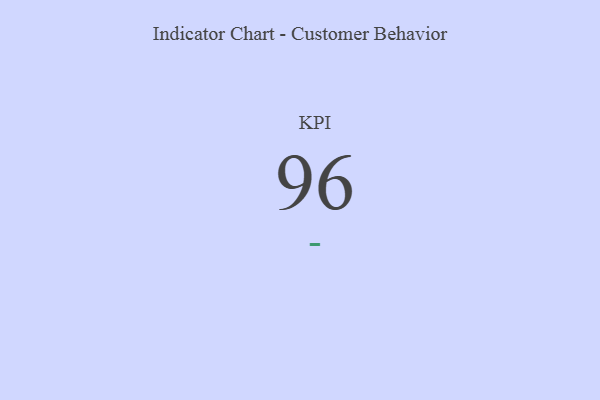
{"axis": {"x": "KPI", "y": "Value"}, "legend": [""], "data": [{"x": "KPI", "y": 96, "type": ""}]}